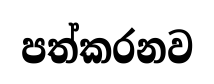
පත්කරනව